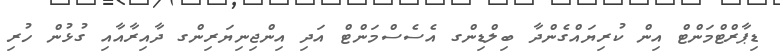
ޑިޕާރްޓްމަންޓް އިން ކުރިޔައްގެންދާ ބިލްޑިންގ އެސެސްމަންޓް އަދި އިންޖިނިޔަރިންގ ދާއިރާއާއި ގުޅުން ހުރި